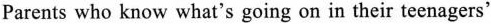
Parents who know what's going on in their teenagers'